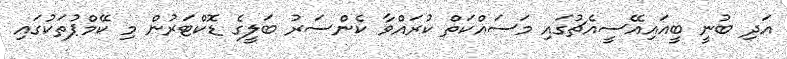
އަދި ބުނީ ބީއައިއޭސީއެޗުގައި މަސައްކަތް ކުރައްވާ ކެންސަރު ބަލީގެ ޑޮކްޓަރުން މި ކޭމްޕުތަކުގައި